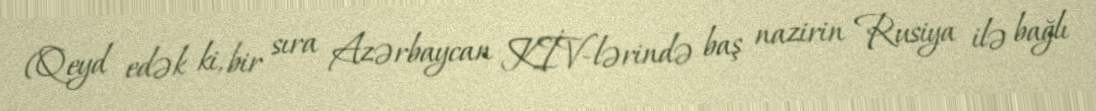
(Qeyd edək ki, bir sıra Azərbaycan KİV-lərində baş nazirin Rusiya ilə bağlı